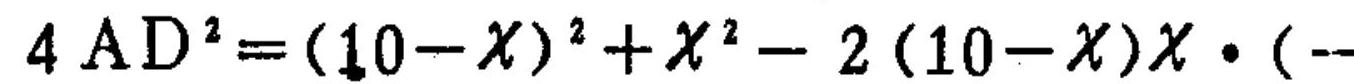
\(4AD^{2}=(10 - x)^{2}+x^{2}-2(10 - x)x\cdot(-\)